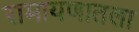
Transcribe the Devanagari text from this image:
रामायणातला